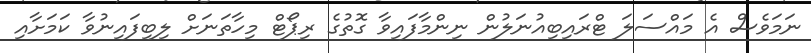
ނަމަވެސް އެ މައްސަލަ ޓްރައިބިއުނަލުން ނިންމާފައިވާ ގޮތުގެ ރިޕޯޓް މިހާތަނަށް ލިބިފައިނުވާ ކަމަށާއި